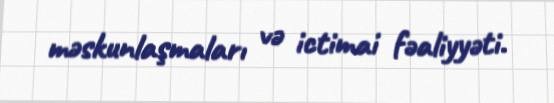
məskunlaşmaları və ictimai fəaliyyəti.